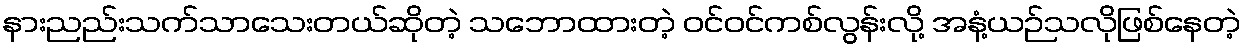
နားညည်းသက်သာသေးတယ်ဆိုတဲ့ သဘောထားတဲ့ ဝင်ဝင်ကစ်လွန်းလို့ အနံ့ယဉ်သလိုဖြစ်နေတဲ့